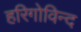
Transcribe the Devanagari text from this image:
हरिगोविन्द